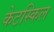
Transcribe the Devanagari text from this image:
केटस्किल